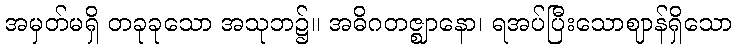
အမှတ်မရှိ တခုခုသော အသုဘ၌။ အဓိဂတဇ္ဈာနော၊ ရအပ်ပြီးသောဈာန်ရှိသော